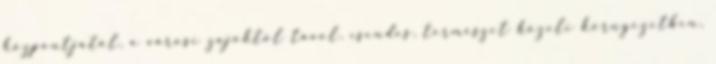
központjától, a városi zajoktól távol, csendes, természet közeli környezetben,